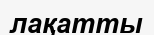
лақатты